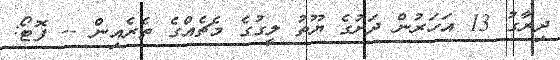
ދިރާގު 13 އަހަރުން ދަށުގެ ޔޫތު ލީގުގެ މެޗެއްގެ ތެރެއިން -- ފޮޓޯ: